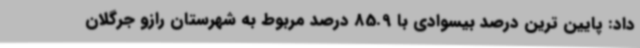
داد: پایین ترین درصد بیسوادی با 85.9 درصد مربوط به شهرستان رازو جرگلان